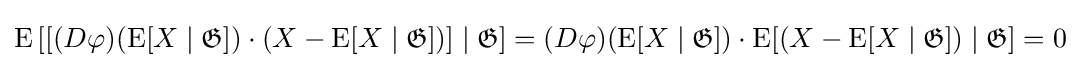
\operatorname {E} \left[\left[(D\varphi )(\operatorname {E} [X\mid {\mathfrak {G}}])\cdot (X-\operatorname {E} [X\mid {\mathfrak {G}}])\right]\mid {\mathfrak {G}}\right]=(D\varphi )(\operatorname {E} [X\mid {\mathfrak {G}}])\cdot \operatorname {E} [\left(X-\operatorname {E} [X\mid {\mathfrak {G}}]\right)\mid {\mathfrak {G}}]=0